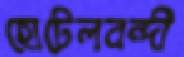
হোটেলবন্দী